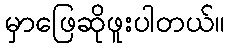
မှာဖြေဆိုဖူးပါတယ်။